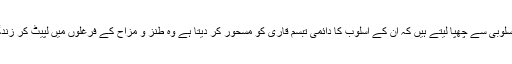
اپنی اندرونی کیفیات،جذبات اور احساسات کو وہ ہنسی کے حسین اور خوش رنگ دامنوں میں اس خوش اسلوبی سے چھپا لیتے ہیں کہ ان کے اسلوب کا دائمی تبسم قاری کو مسحور کر دیتا ہے وہ طنز و مزاح کے فرغلوں میں لپیٹ کر زندگی کی تلخ صداقتیں ،بے اعتدالیاں اور تضادات نہایت دل نشیں انداز میں اشعار کے قالب میں ڈھالتے ہیں۔